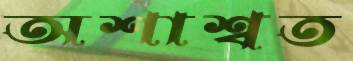
অশাশ্বত